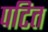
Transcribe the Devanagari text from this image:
पटित